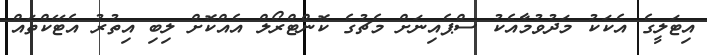
އިޓަލީގެ އެކަކު މަދުވުމާއެކު ސްޕެއިނަށް މެޗުގެ ކޮންޓްރޯލް އެއްކޮށް ލިބި އިތުރު އެޓޭކްތައް